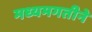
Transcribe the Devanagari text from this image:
मध्यमगतीने